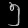
Digit: ၅